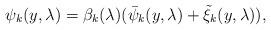
LaTeX: \begin{align*} \psi_{k}(y, \lambda)=\beta_k(\lambda)(\bar \psi_k(y, \lambda) + \tilde \xi_k(y, \lambda)),\end{align*}